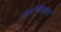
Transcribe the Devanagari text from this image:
कास्तिलचा